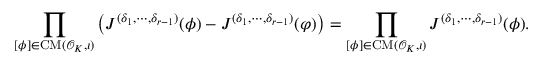
\prod _ { [ \phi ] \in \mathrm { C M } ( \mathcal { O } _ { K } , \iota ) } \left( J ^ { ( \delta _ { 1 } , \cdots , \delta _ { r - 1 } ) } ( \phi ) - J ^ { ( \delta _ { 1 } , \cdots , \delta _ { r - 1 } ) } ( \varphi ) \right) = \prod _ { [ \phi ] \in \mathrm { C M } ( \mathcal { O } _ { K } , \iota ) } J ^ { ( \delta _ { 1 } , \cdots , \delta _ { r - 1 } ) } ( \phi ) .